Code of medical and sanitary regulations for the guidance of medical officers serving in the Madras Presidency - Volume II
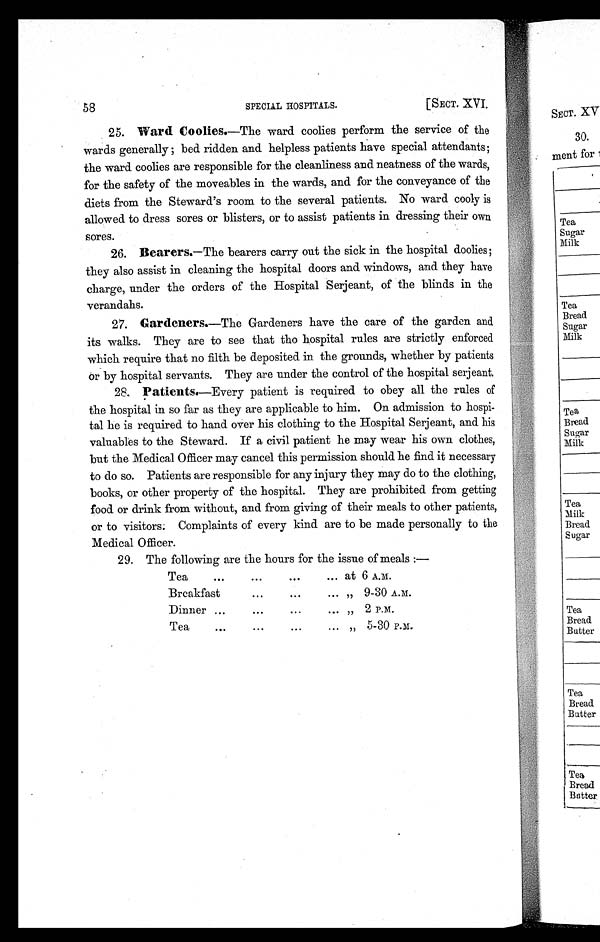
58
SPECIAL HOSPITALS.
[ SECT. XVI.
25.
Ward Coolies .—The ward coolies perform the service of the
wards generally; bed ridden and helpless patients have special attendants;
the ward coolies are responsible for the cleanliness and neatness of the wards,
for the safety of the moveables in the wards, and for the conveyance of the
diets from the Steward's room to the several patients. No ward cooly is
allowed to dress sores or blisters, or to assist patients in dressing their own
sores.
26.
Bearers.—The bearers carry out the sick in the hospital doolies;
they also assist in cleaning the hospital doors and windows, and they have
charge, under the orders of the Hospital Serjeant, of the blinds in the
verandahs.
27.
Gardeners.—The Gardeners have the care of the garden and
its walks. They are to see that tho hospital rules are strictly enforced
which require that no filth be deposited in the grounds, whether by patients
or by hospital servants. They are under the control of the hospital serjeant.
28.
Patients .—Every patient is required to obey all the rules of
the hospital in so far as they are applicable to him. On admission to hospi
-tal he is required to hand over his clothing to the Hospital Serjeant, and his
valuables to the Steward. If a civil patient he may wear his own clothes,
but the Medical Officer may cancel this permission should he find it necessary
to do so. Patients are responsible for any injury they may do to the clothing,
books, or other property of the hospital. They are prohibited from getting
food or drink from without, and from giving of their meals to other patients,
or to visitors; Complaints of every kind are to be made personally to the
Medical Officer.
29. The following are the hours for the issue of meals :—
Tea
...
...
...
... at 6 A.M.
Breakfast
...
...
... „ 9-30 A.M.
Dinner ...
...
.2 P.M.
Tea
...
...
...
... „ 5-30 P.m,